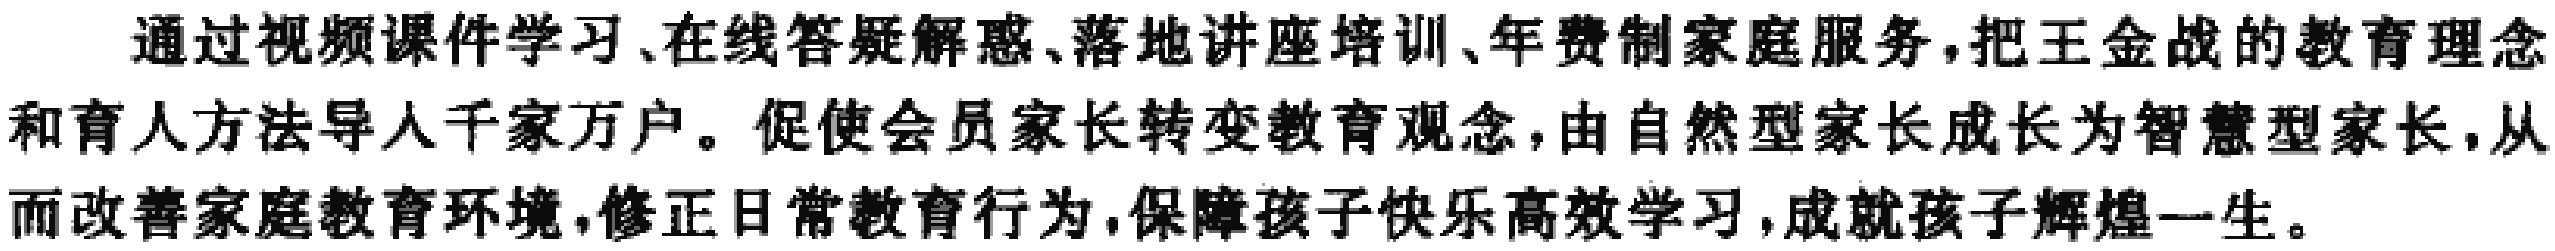
通过视频课件学习、在线答疑解惑、落地讲座培训、年费制家庭服务，把王金战的教育理念和育人方法导入千家万户。促使会员家长转变教育观念，由自然型家长成长为智慧型家长，从而改善家庭教育环境，修正日常教育行为，保障孩子快乐高效学习，成就孩子辉煌一生。